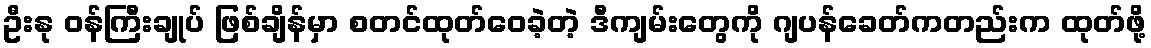
ဦးနု ဝန်ကြီးချုပ် ဖြစ်ချိန်မှာ စတင်ထုတ်ဝေခဲ့တဲ့ ဒီကျမ်းတွေကို ဂျပန်ခေတ်ကတည်းက ထုတ်ဖို့